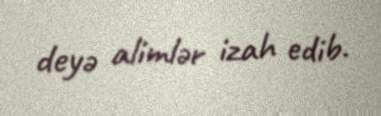
deyə alimlər izah edib.